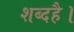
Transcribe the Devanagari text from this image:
शब्दहै।